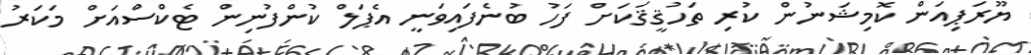
ޔޫރަޕިއަން ކޮމިޝަނުން ކުރި ތަހުޤީޤަކަށް ފަހު ބުނެފައިވަނީ އެޕަލް ކުންފުނިން ޓެކްސްއަށް މަކަރު